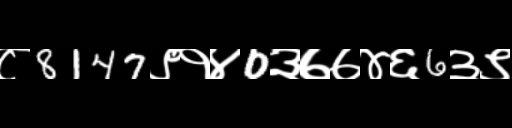
Text: ८8147९१४0३७७४६6३९